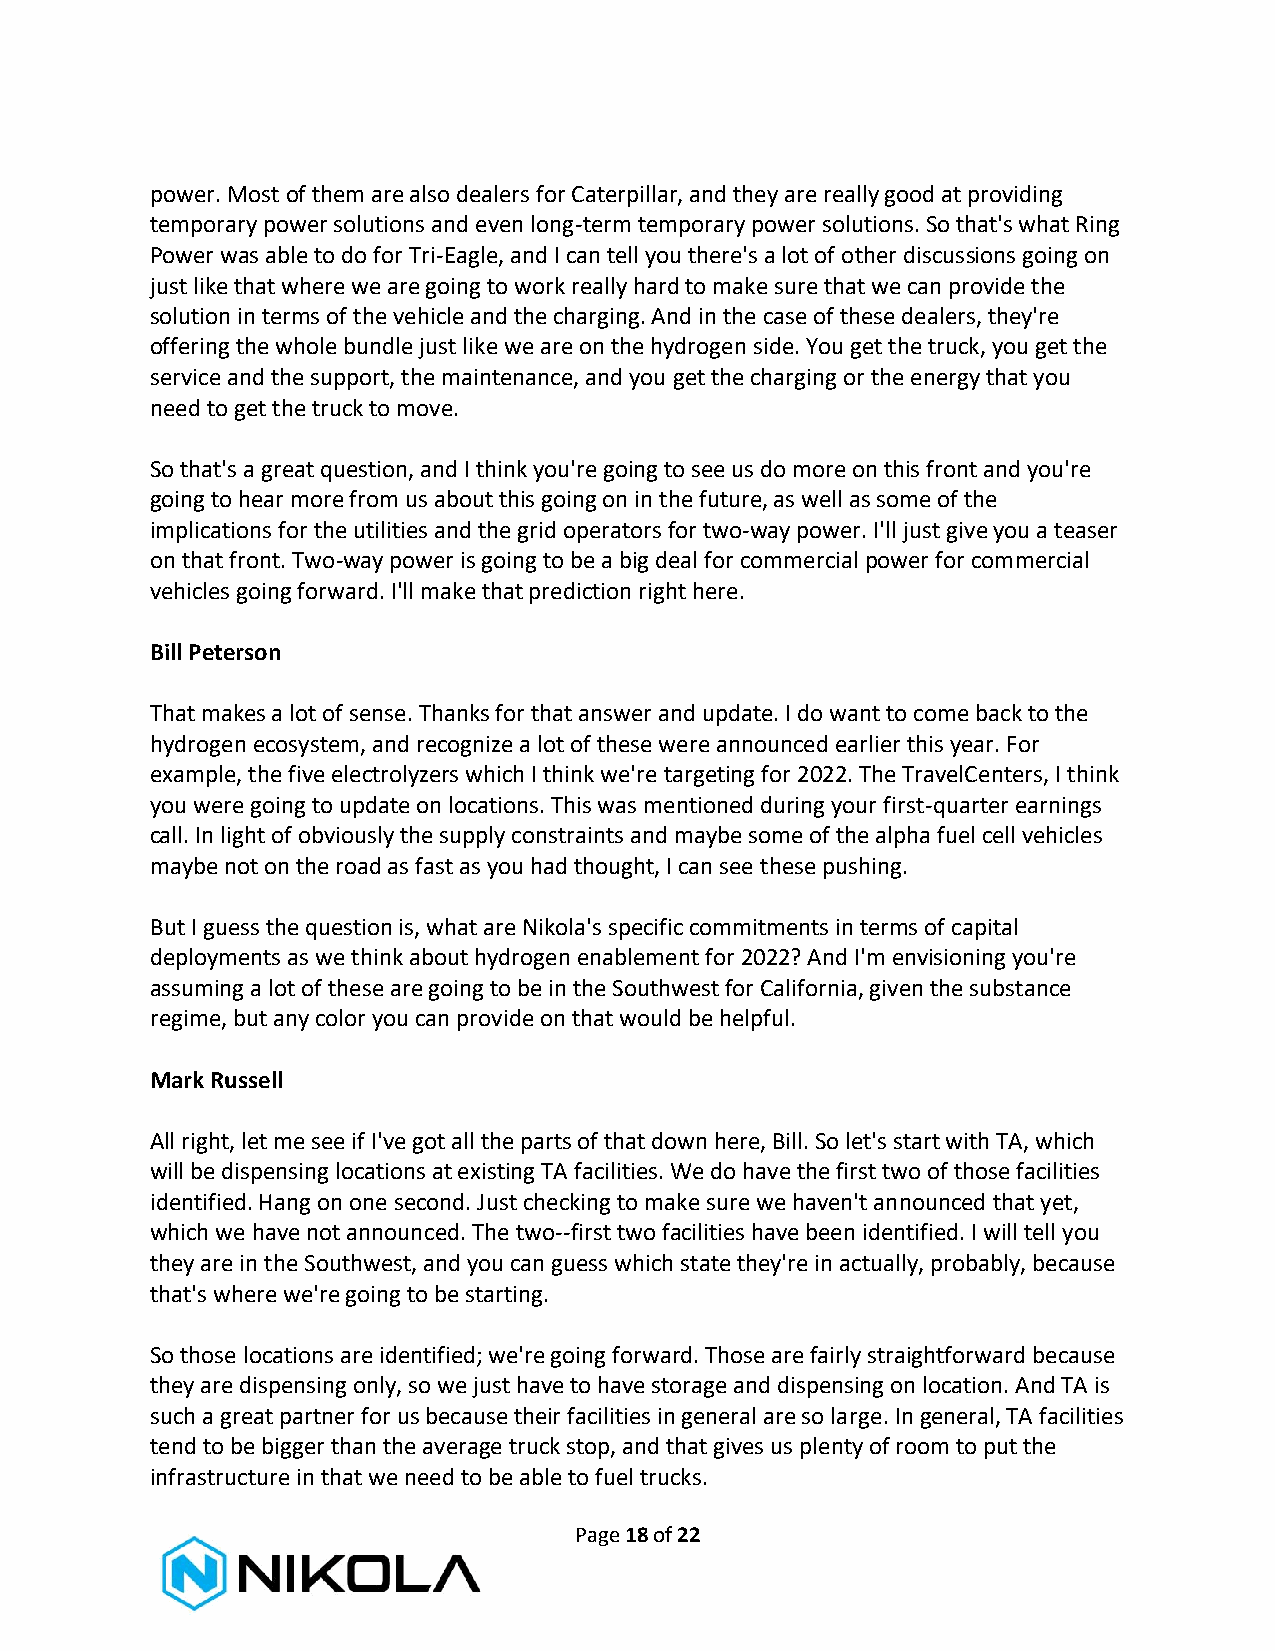
power. Most of them are also dealers for Caterpillar, and they are really good at providing
 temporary power solutions and even long-term temporary power solutions. So that's what Ring
 Power was able to do for Tri-Eagle, and I can tell you there's a lot of other discussions going on
 just like that where we are going to work really hard to make sure that we can provide the
 solution in terms of the vehicle and the charging. And in the case of these dealers, they're
 offering the whole bundle just like we are on the hydrogen side. You get the truck, you get the
 service and the support, the maintenance, and you get the charging or the energy that you
 need to get the truck to move.
 So that's a great question, and I think you're going to see us do more on this front and you're
 going to hear more from us about this going on in the future, as well as some of the
 implications for the utilities and the grid operators for two-way power. I'll just give you a teaser
 on that front. Two-way power is going to be a big deal for commercial power for commercial
 vehicles going forward. I'll make that prediction right here.
 Bill Peterson
 That makes a lot of sense. Thanks for that answer and update. I do want to come back to the
 hydrogen ecosystem, and recognize a lot of these were announced earlier this year. For
 example, the five electrolyzers which I think we're targeting for 2022. The TravelCenters, I think
 you were going to update on locations. This was mentioned during your first-quarter earnings
 call. In light of obviously the supply constraints and maybe some of the alpha fuel cell vehicles
 maybe not on the road as fast as you had thought, I can see these pushing.
 But I guess the question is, what are Nikola's specific commitments in terms of capital
 deployments as we think about hydrogen enablement for 2022? And I'm envisioning you're
 assuming a lot of these are going to be in the Southwest for California, given the substance
 regime, but any color you can provide on that would be helpful.
 Mark Russell
 All right, let me see if I've got all the parts of that down here, Bill. So let's start with TA, which
 will be dispensing locations at existing TA facilities. We do have the first two of those facilities
 identified. Hang on one second. Just checking to make sure we haven't announced that yet,
 which we have not announced. The two--first two facilities have been identified. I will tell you
 they are in the Southwest, and you can guess which state they're in actually, probably, because
 that's where we're going to be starting.
 So those locations are identified; we're going forward. Those are fairly straightforward because
 they are dispensing only, so we just have to have storage and dispensing on location. And TA is
 such a great partner for us because their facilities in general are so large. In general, TA facilities
 tend to be bigger than the average truck stop, and that gives us plenty of room to put the
 infrastructure in that we need to be able to fuel trucks.
 Page 18 of 22